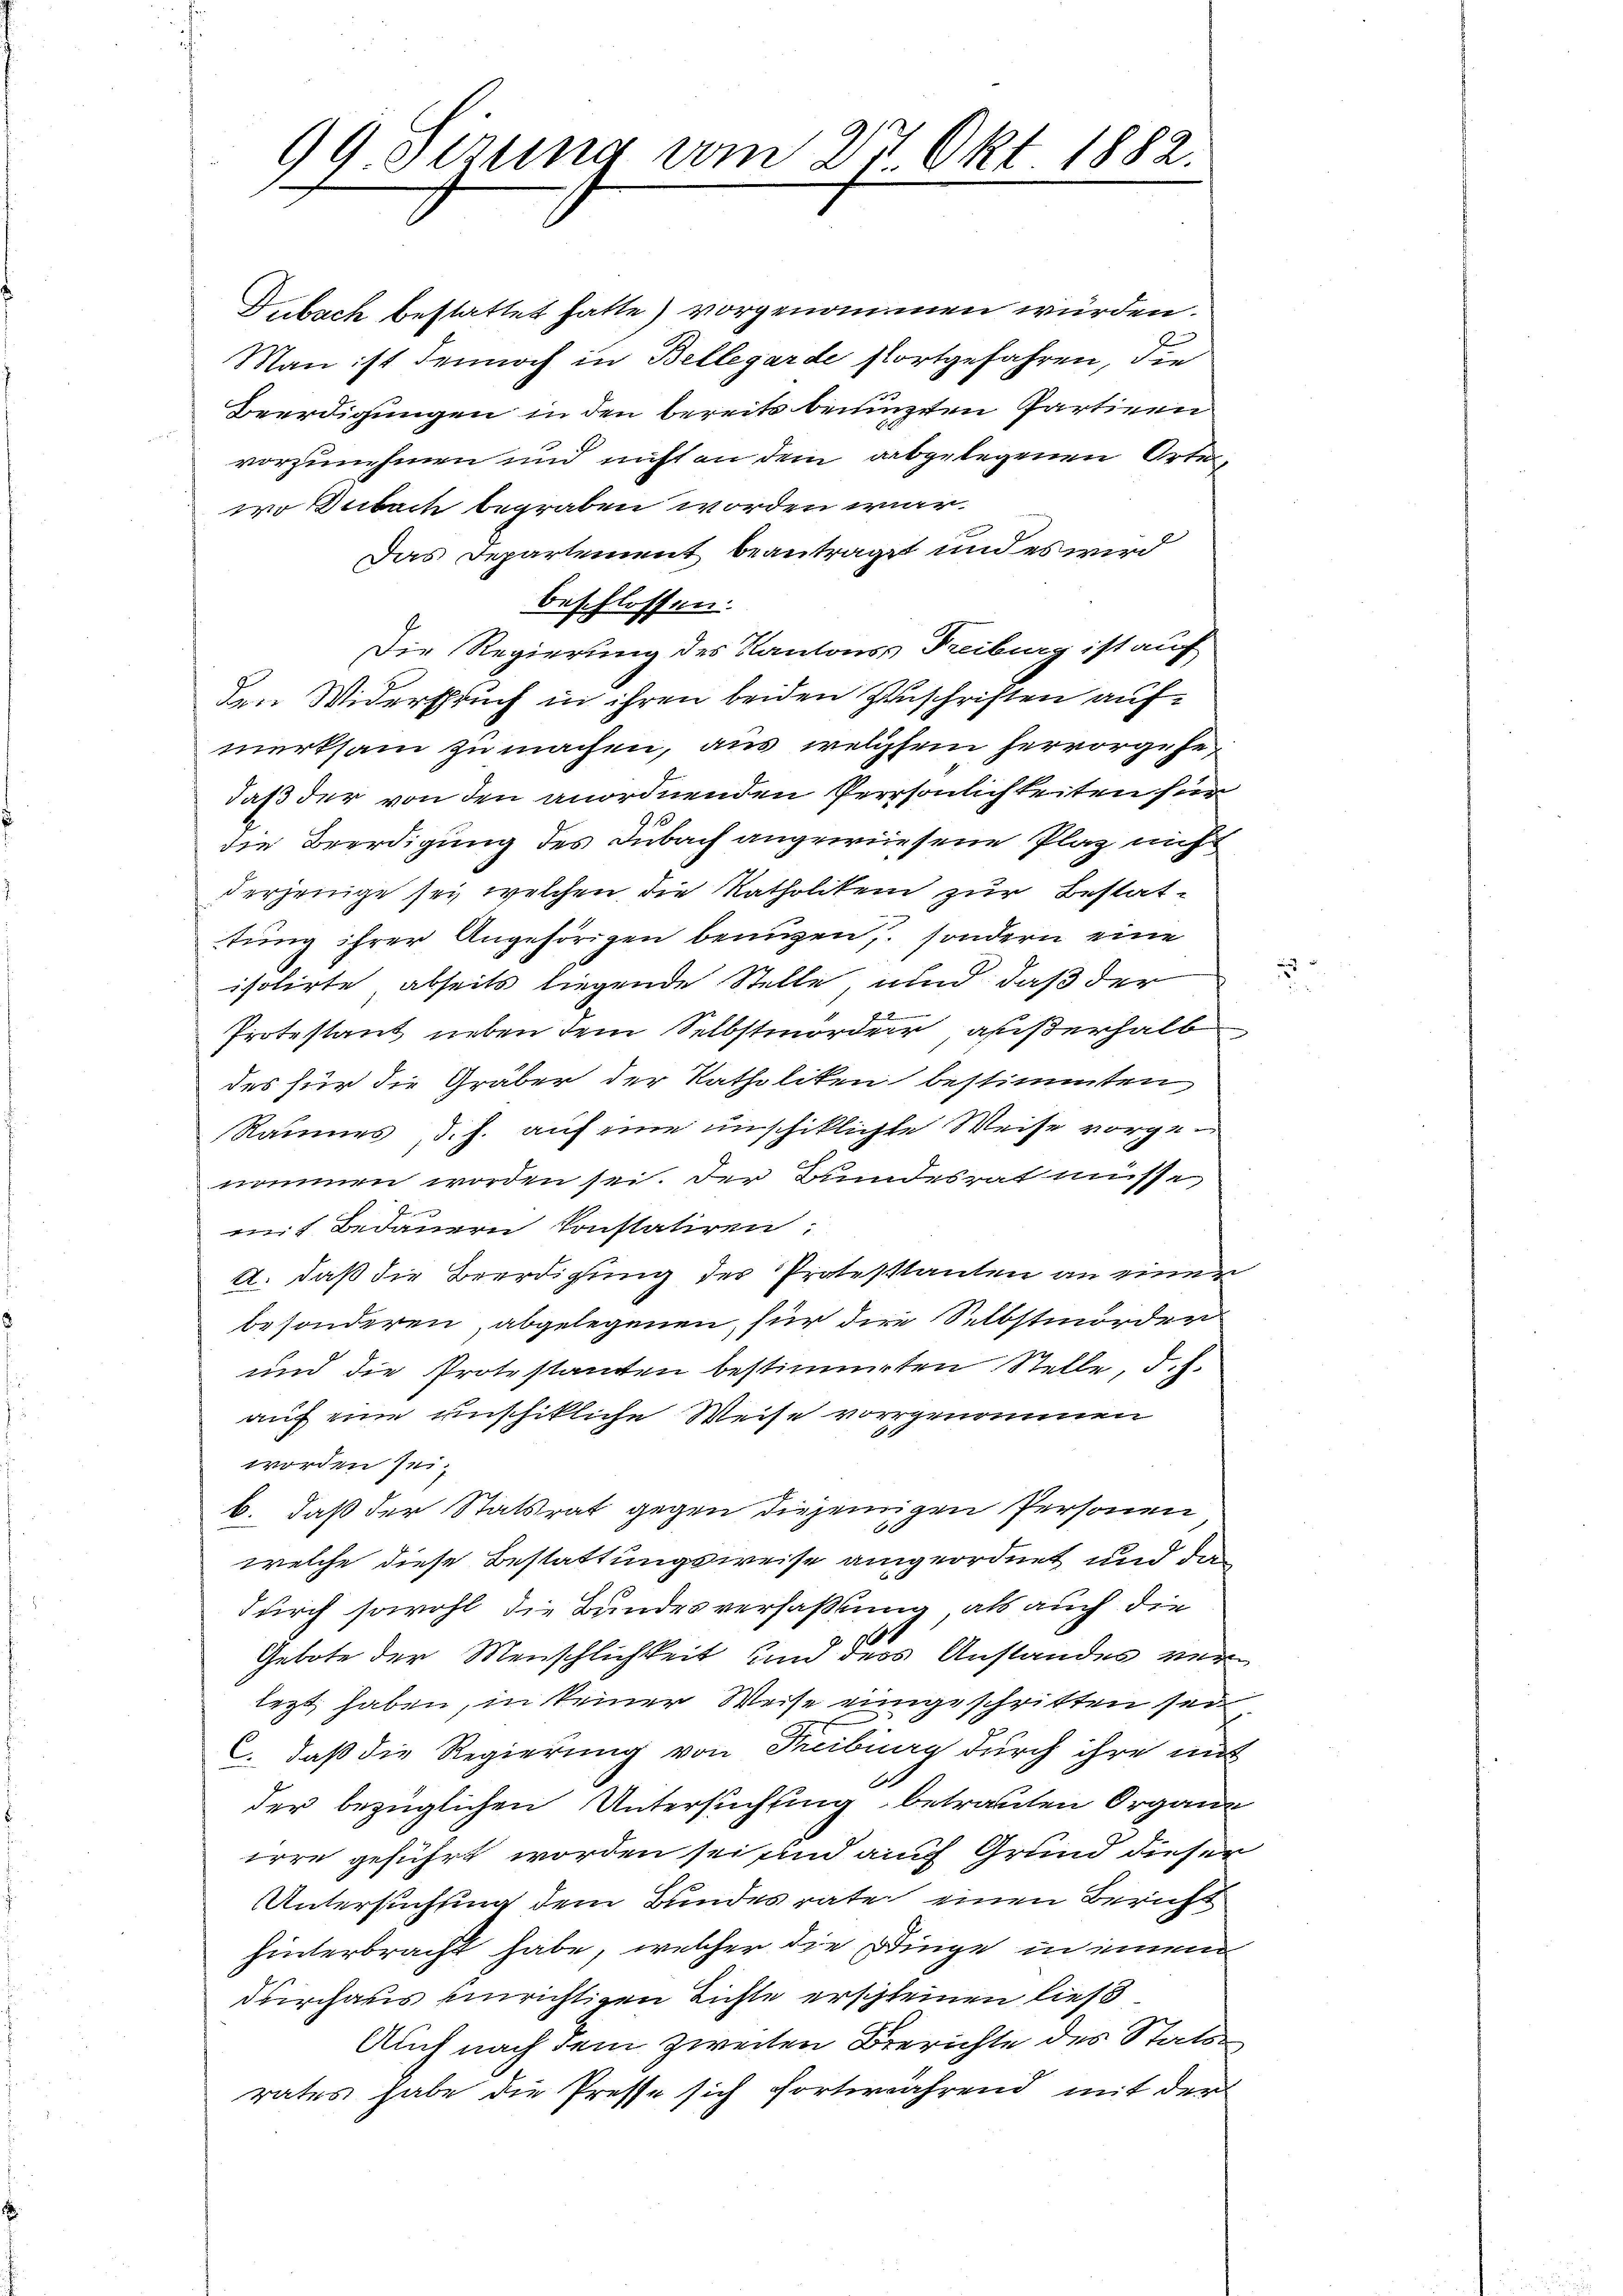
99 Sizung vom 27 Okt 1882.

nommen worden sei. Der Bundesrat müsse
mit Bedauern konstatiren:
a. daß die Beerdigung des Protestanten an einer
besonderen, abgelegenen, für die Selbstmorder
und die Protestamten bestimmten Stelle, d.h.
auf eine unschikliche Weise vorgenommen
worden sei.
b. daß der Statsrat gegen diejenigen Personen
welche diese Bestattungsweise angeordnet und da
durch sowohl die Bundesverfaßung, als auch die
160
Gebote der Menschlichkeit und ders Anstandes verlezt haben, in keiner Weise eingeschritten sei,
C. daß die Regierung von Treiburg durch ihre mit
1
der bezüglichen Untersuchung betrauten Organe
irre geführt worden sei und auch Grund dieser
Untersuchung dem Bundesrate einen Bericht
hinterbracht habe, welcher die Dinge in einem
durchaus einrichtigen Lichte erschleinen ließ.
Auch nach dem zweiten Berichte des Statung
rates habe die Presse sich fortwährend mit der

Dubach bestattet hatte) vorgenommen würden.
Man ist dennoch in Bellegarde fortgefahren, die
Beerdigungen in den bereits benuzten Partienen
vorzunehmen und nicht an dem abgelegenen Orte,
wo Dubach begraben worden war.
Das Departement beantraget und es wird
beschlossen.
Die Regierung des Kantons Freiburg ist auf
den Widerspruch in ihren beiden Zuschriften aufmerksam zu machen, aus welchem hervorgesedaß der von den anordnenden Persönlichkeiten für
91
die Beerdigung des Dubach angewiesene Plaz nicht
derjenige sey, welchen die Katholiken zur Bestattung ihrer Angehörigen benuzen, sondern eine
isolirte abseits liegende Stelle, und daß der
Protestant neben dem Selbstmorder, außerhalb
des für die Gräber der Katholiken bestimmten
Raumes, d. h. auf eine unschiklichte Weise vorge¬